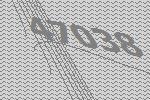
47038